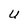
Character: u